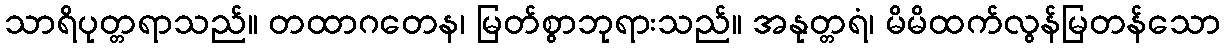
သာရိပုတ္တရာသည်။ တထာဂတေန၊ မြတ်စွာဘုရားသည်။ အနုတ္တရံ၊ မိမိထက်လွန်မြတန်သော